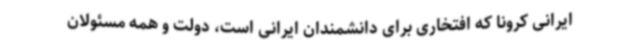
ایرانی کرونا که افتخاری برای دانشمندان ایرانی است، دولت و همه مسئولان